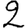
Digit: 2